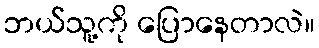
ဘယ်သူ့ကို ပြောနေတာလဲ။